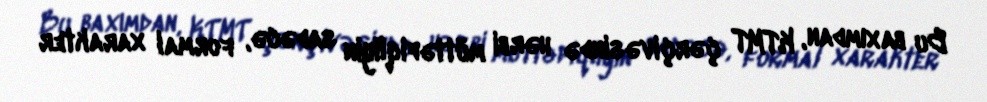
Bu baxımdan, KTMT çərçivəsində hərbi müttəfiqliyin sadəcə, formal xarakter